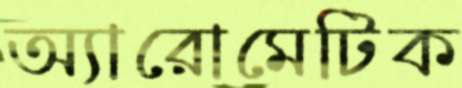
অ্যারোমেটিক